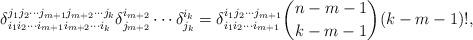
LaTeX: \begin{align*}\delta_{i_1i_2\cdots i_{m+1}i_{m+2}\cdots i_k}^{j_1j_2\cdots j_{m+1}j_{m+2}\cdots j_k}\delta^{i_{m+2}}_{j_{m+2}}\cdots\delta^{i_k}_{j_k} = \delta_{i_1i_2\cdots i_{m+1}}^{i_1j_2\cdots j_{m+1}}{n-m-1\choose k-m-1} (k-m-1)!, \end{align*}